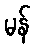
မန်